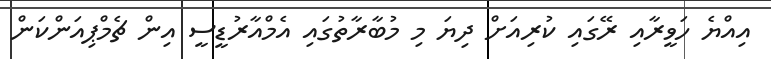
އިއްޔެ ހަވީރާއި ރޭގައި ކުރިއަށް ދިޔަ މި މުބާރާތުގައި އެމްއާރުޑީސީ އިން ޗެމްޕިއަންކަން